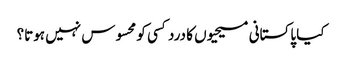
کیا پاکستانی مسیحیوں کا درد کسی کو محسوس نہیں ہوتا؟